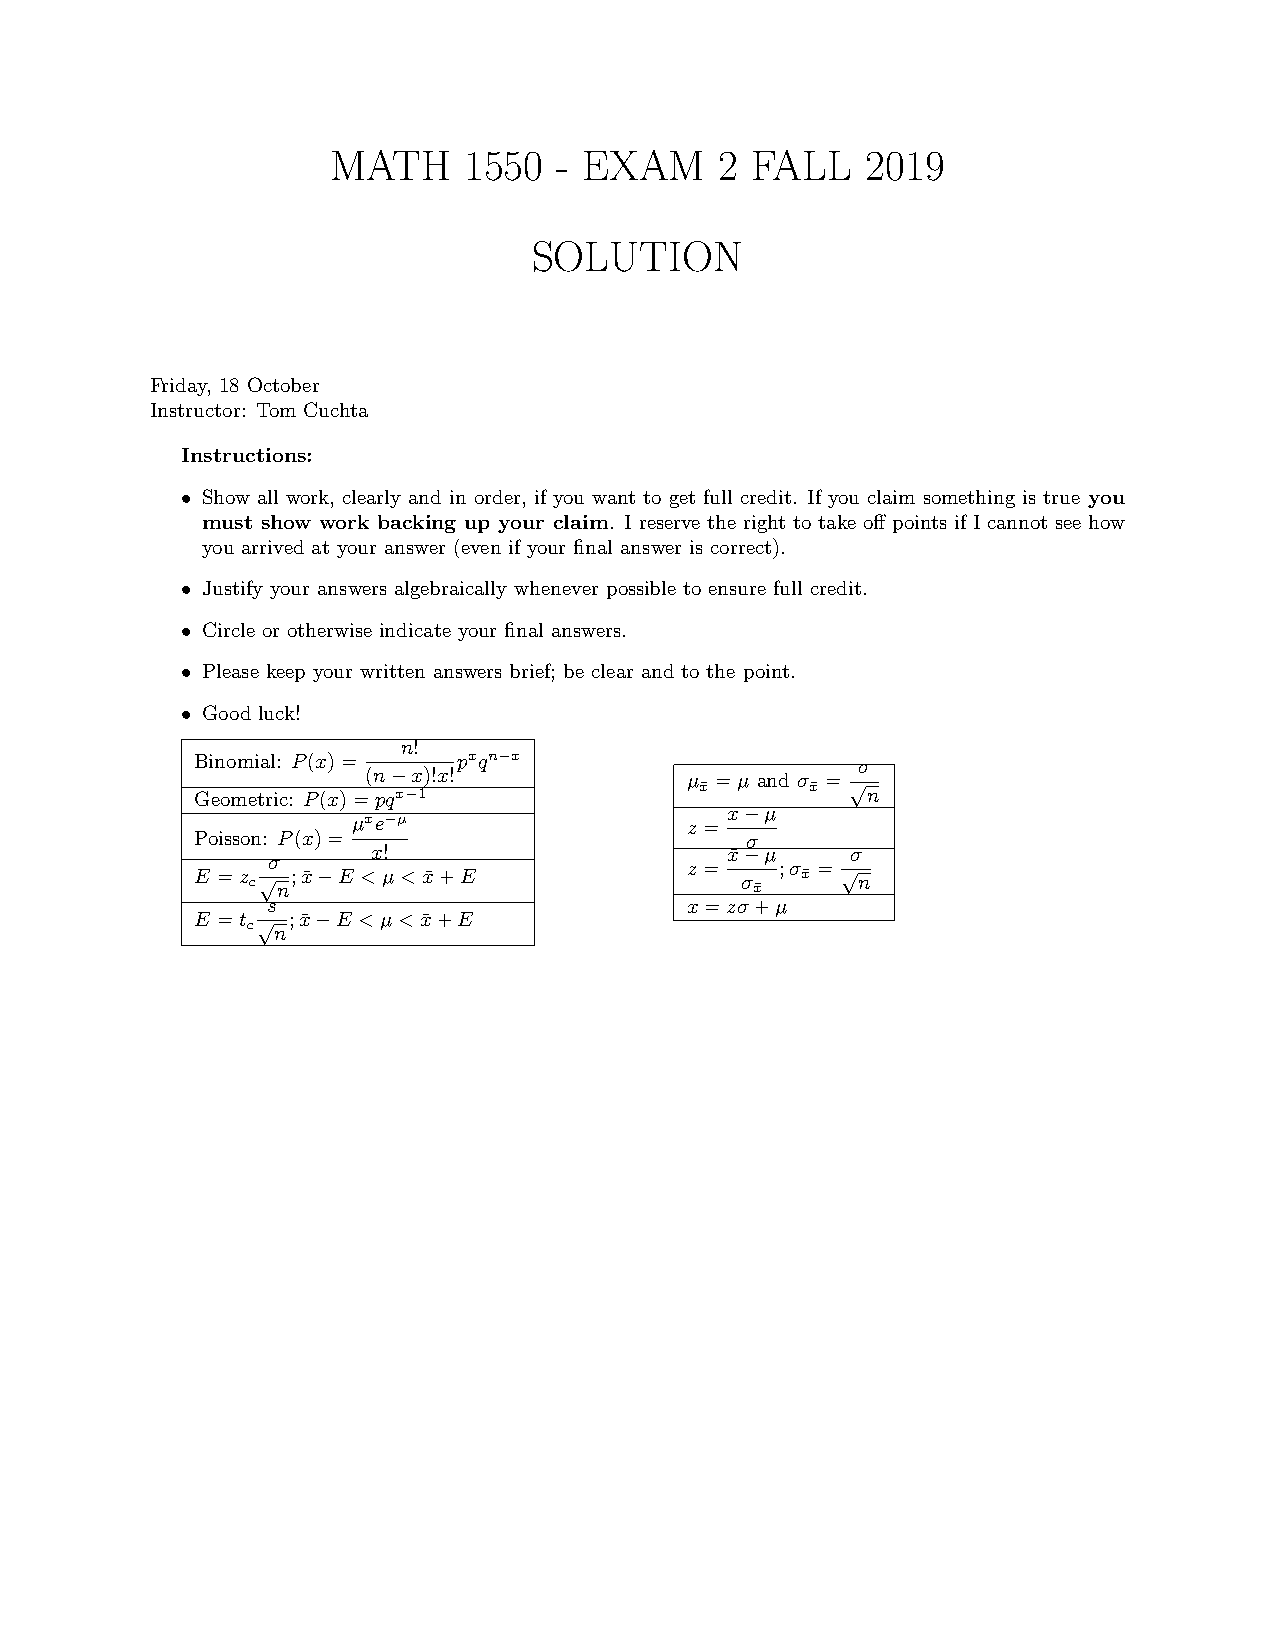
MATH     1550  - EXAM     2 FALL   2019
 SOLUTION
 Friday, 18 October
 Instructor: Tom Cuchta
 Instructions:
 • Show all work, clearly and in order, if you want to get full credit. If you claim something is true you
 must show work backing up your claim. I reserve the right to take off points if I cannot see how
 you arrived at your answer (even if your final answer is correct).
 • Justify your answers algebraically whenever possible to ensure full credit.
 • Circle or otherwise indicate your final answers.
 • Please keep your written answers brief; be clear and to the point.
 • Good luck!
 n!
 Binomial: P(x)=  pxqn−x                     σ
 (n−x)!x!             µ =µ and σ = √
 Geometric: P(x)=pqx−1            x¯      x¯ n
 x−µ
 µxe−µ                 z =
 Poisson: P(x)=                      σ
 x!                     x¯−µ    σ
 σ                          z =    ;σ = √
 E =z c√ n;x¯−E <µ<x¯+E              σ
 x¯
 x¯  n
 s                          x=zσ+µ
 E =t √ ;x¯−E <µ<x¯+E
 c n